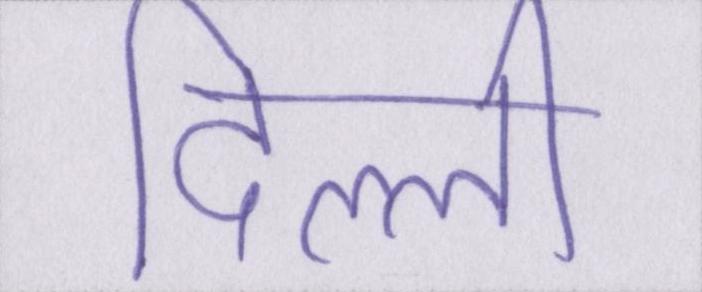
दिल्ली